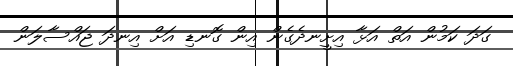
ގަދަ ކަމުން އަތް އަޅާ އިށީނދެގެން އިން ގޮނޑި އަށް އިނދަ ޖައްސާލަން